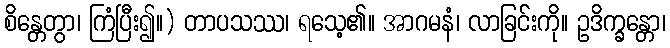
စိန္တေတွာ၊ ကြံပြီး၍။) တာပသဿ၊ ရသေ့၏။ အာဂမနံ၊ လာခြင်းကို။ ဥဒိက္ခန္တော၊